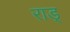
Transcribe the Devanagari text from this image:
राड्